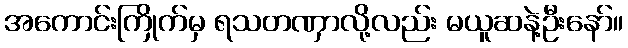
အကောင်းကြိုက်မှ ရသတဏှာလို့လည်း မယူဆနဲ့ဦးနော်။